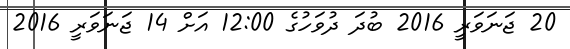
20 ޖަނަވަރީ 2016 ބުދަ ދުވަހުގެ 12:00 އަށް 14 ޖަނަވަރީ 2016